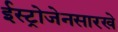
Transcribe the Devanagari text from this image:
ईस्ट्रोजेनसारखे